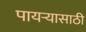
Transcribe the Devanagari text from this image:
पायऱ्यासाठी